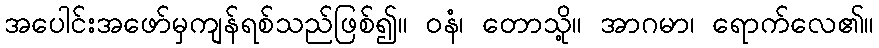
အပေါင်းအဖော်မှကျန်ရစ်သည်ဖြစ်၍။ ဝနံ၊ တောသို့။ အာဂမာ၊ ရောက်လေ၏။